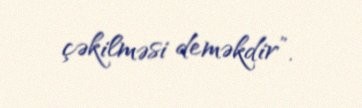
çəkilməsi deməkdir”.